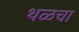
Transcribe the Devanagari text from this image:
थळचा